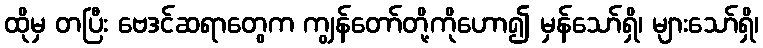
ထိုမှ တပြီး ဗေဒင်ဆရာတွေက ကျွန်တော်တို့ကိုဟော၍ မှန်သော်ရှိ၊ များသော်ရှိ၊